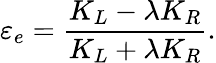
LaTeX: \varepsilon_{e}=\frac{K_{L}-\lambda K_{R}}{K_{L}+\lambda K_{R}}.